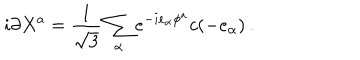
i \partial X ^ { a } = { \frac { 1 } { \sqrt 3 } } \sum _ { \alpha } e ^ { - i e _ { \alpha } \phi ^ { a } } c ( - e _ { \alpha } ) ~ .